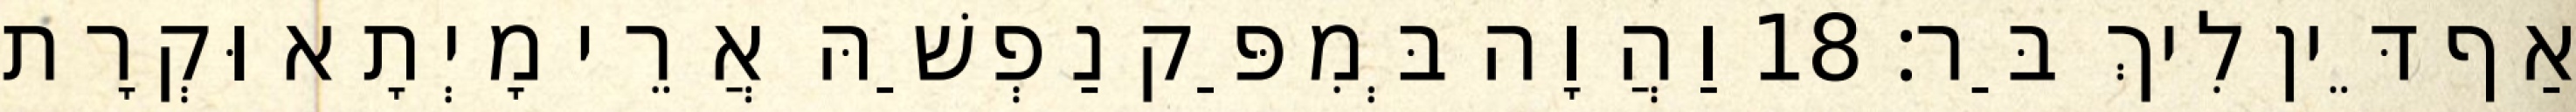
אַף דֵּין לִיךְ בַּר׃ 18 וַהֲוָה בְּמִפַּק נַפְשַׁהּ אֲרֵי מָיְתָא וּקְרָת